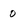
Character: o